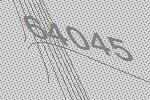
64045